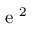
\mathrm { ~ e ~ } ^ { 2 }